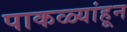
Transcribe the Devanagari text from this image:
पाकळ्यांहून